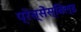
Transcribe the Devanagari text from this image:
प्रेस्सेंस्बिल्ड